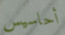
أحاسيس